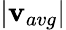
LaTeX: |\mathbf{v}_{avg}|